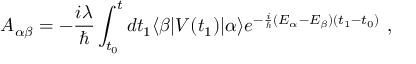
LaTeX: A _ { \alpha \beta } = - { \frac { i \lambda } { \hbar } } \int _ { t _ { 0 } } ^ { t } d t _ { 1 } \langle \beta | V ( t _ { 1 } ) | \alpha \rangle e ^ { - { \frac { i } { \hbar } } ( E _ { \alpha } - E _ { \beta } ) ( t _ { 1 } - t _ { 0 } ) } ~ ,